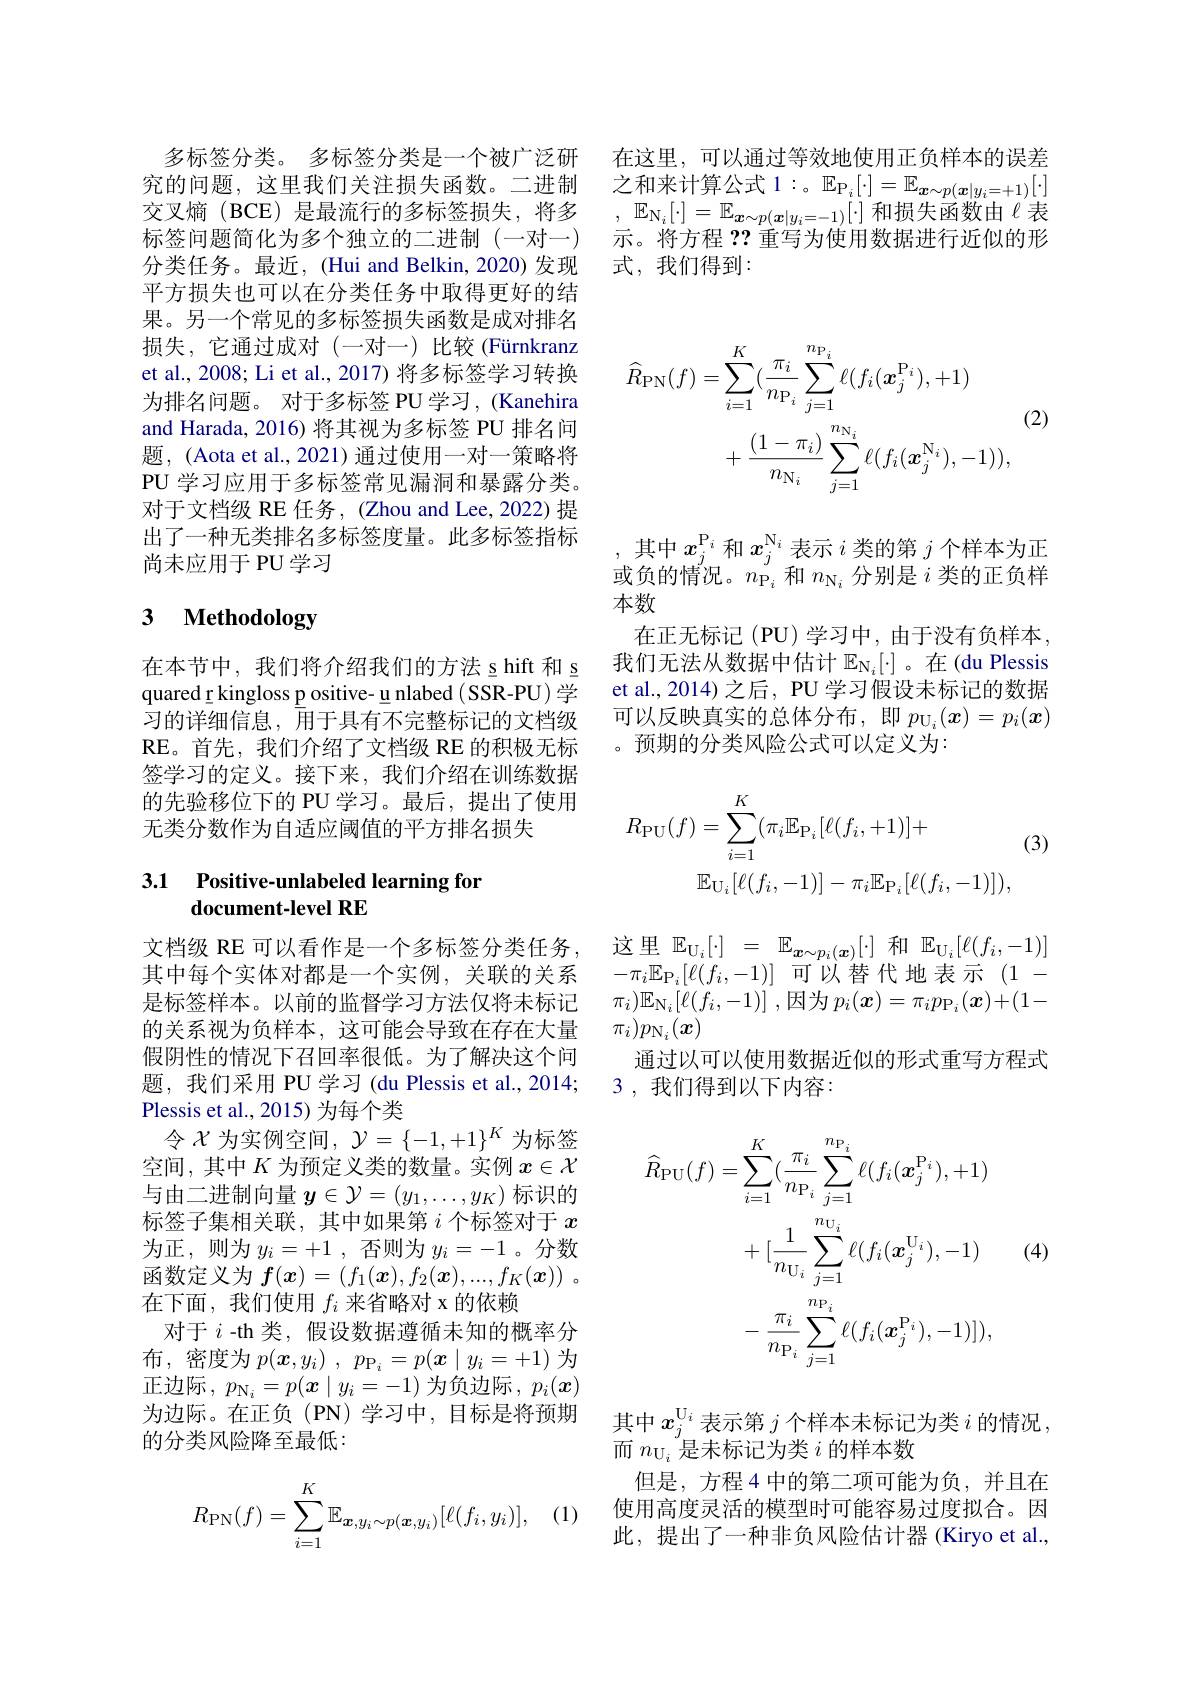
多标签分类。多标签分类是一个被广泛研 在这里，可以通过等效地使用正负样本的误差究的问题，这里我们关注损失函数。二进制 之和来计算公式 1:。$\mathbb{E}_{\mathbb{P}_i}[\cdot]=\mathbb{E}_{\boldsymbol{x}\sim p(\boldsymbol{x}|y_i=+1)}[\cdot]$ 交叉熵(BCE)是最流行的多标签损失，将多 $, \mathbb{E} _{\mathbb{N} _i}[ \cdot ] = \mathbb{E} _{\boldsymbol{x}\sim p( \boldsymbol{x}| y_i= - 1) }[ \cdot ]$和损失函数由$\ell$表
示。将方程？?重写为使用数据进行近似的形
式，我们得到：

标签问题简化为多个独立的二进制(一对一) 分类任务。最近，(Hui and Belkin, 2020)发现平方损失也可以在分类任务中取得更好的结果。另一个常见的多标签损失函数是成对排名损失，它通过成对(一对一)比较(Fürnkranz et al., 2008; Li et al., 2017) 将多标签学习转换为排名问题。对于多标签 PU 学习，(Kanehira and Harada, 2016) 将其视为多标签 PU 排名问题，(Aota et al., 2021) 通过使用一对一策略将PU 学 习 应 用 于 多 标 签 常 见 漏 洞 和 暴 露 分 类 。对于文档级 RE 任务，(Zhou and Lee, 2022) 提出了一种无类排名多标签度量。此多标签指标尚未应用于 PU 学习

# 3 Methodology

在本节中，我们将介绍我们的方法 s hift 和 s quared\_kingloss\_p ositive- u nlabed ( SSR-PU) 学习的详细信息，用于具有不完整标记的文档级RE。首先，我们介绍了文档级 RE 的积极无标签学习的定义。接下来，我们介绍在训练数据的先验移位下的 PU 学习。最后，提出了使用无类分数作为自适应阈值的平方排名损失

### 3.1 Positive-unlabeled learning for document-level RE

是标签样本。以前的监督学习方法仅将未标记的关系视为负样本，这可能会导致在存在大量假阴性的情况下召回率很低。为了解决这个问题，我们采用 PU 学习 (du Plessis et al., 2014; Plessis et al., 2015) 为每个类
令$\mathcal{X}$为实例空间，$\mathcal{Y}=\{-1,+1\}^K$为标签空间，其中$K$为预定义类的数量。实例$x\in\mathcal{X}$ 与由二进制向量$y\in\mathcal{Y}=(y_1,\ldots,y_K)$标识的标签子集相关联，其中如果第$i$个标签对于$x$ 为正，则为$y_i= + 1$ ,否则为$y_i=-1$ 。分数函数定义为$f(x)=(f_1(x),f_2(x),...,f_K(x))$ 。在下面，我们使用$f_i$来省略对 x 的依赖
对于$i$ -th 类，假设数据遵循未知的概率分布，密度为$p( \boldsymbol{x}, y_i)$ , $p_{\mathrm{P} _i}= p( \boldsymbol{x}\mid y_i= + 1)$为正边际，$p_{\mathrm{N}_i}=p(\boldsymbol{x}\mid y_i=-1)$为负边际，$p_i(\boldsymbol{x})$ 为边际。在正负(PN)学习中，目标是将预期的分类风险降至最低：

(1)
$$R_{\mathrm{PN}}(f)=\sum_{i=1}^K\mathbb{E}_{\boldsymbol{x},y_i\sim p(\boldsymbol{x},y_i)}[\ell(f_i,y_i)],$$
$$\begin{aligned}\widehat{R}_{\mathrm{PN}}(f)&=\sum_{i=1}^{K}(\frac{\pi_{i}}{n_{\mathrm{P}_{i}}}\sum_{j=1}^{n_{\mathrm{P}_{i}}}\ell(f_{i}(\boldsymbol{x}_{j}^{\mathrm{P}_{i}}),+1)\\&&\text{(2)}\\&+\frac{(1-\pi_{i})}{n_{\mathrm{N}_{i}}}\sum_{j=1}^{n_{\mathrm{N}_{i}}}\ell(f_{i}(\boldsymbol{x}_{j}^{\mathrm{N}_{i}}),-1)),\end{aligned}$$
,其中$x_j^\mathrm{P}_i$和$x_j^\mathrm{N}_i$表示$i$类的第$j$个样本为正或负的情况。$n_{\mathrm{P}_i}$和$n_{\mathrm{N}_i}$分别是$i$类的正负样本数
在正无标记(PU)学习中，由于没有负样本， 我们无法从数据中估计$\mathbb{E}_{\mathbb{N}_i}[\cdot]$。在(du Plessis et al., 2014) 之后，PU 学习假设未标记的数据可以反映真实的总体分布，即$p_{\mathcal{U}_i}(\boldsymbol{x})=p_i(\boldsymbol{x})$ 。预期的分类风险公式可以定义为：
$$\begin{aligned}R_{\mathrm{PU}}(f)&=\sum_{i=1}^{K}(\pi_{i}\mathbb{E}_{\mathrm{P}_{i}}[\ell(f_{i},+1)]+\\&&\text{(3}\\&\mathbb{E}_{\mathrm{U}_{i}}[\ell(f_{i},-1)]-\pi_{i}\mathbb{E}_{\mathrm{P}_{i}}[\ell(f_{i},-1)]),\end{aligned}$$
$\begin{array}{rcl}\text{文档级 RE 可以看作是一个多标签分类任务，}&\text{这里 }\mathbb{E}_{{\mathrm{U}_{i}}}[\cdot]&=&\mathbb{E}_{{\boldsymbol{x}\sim p_{i}(\boldsymbol{x})}}[\cdot]&\text{和 }\mathbb{E}_{{\mathcal{U}_{i}}}[\ell(f_{i},-1)]\\\text{其中每个实体对都是一个实例，关联的关系}&-\pi_{i}\mathbb{E}_{{\mathcal{P}_{i}}}[\ell(f_{i},-1)]&\text{可以替代地表示}(1-\end{array}$
$\pi _{i}) \mathbb{E} _{\mathbb{N} _{i}}[ \ell ( f_{i}, - 1) ]$ ,因为$p_i(\boldsymbol{x})=\pi_ip_{\mathbb{P}_{i}}(\boldsymbol{x})+(1-$
$\pi_i)p_{\mathrm{N}_i}(\boldsymbol{x})$
通过以可以使用数据近似的形式重写方程式
3 ,我们得到以下内容：
$$\begin{aligned}\widehat{R}_{\mathrm{PU}}(f)&=\sum_{i=1}^{K}(\frac{\pi_{i}}{n_{\mathrm{P}_{i}}}\sum_{j=1}^{n_{\mathrm{P}_{i}}}\ell(f_{i}(\boldsymbol{x}_{j}^{\mathrm{P}_{i}}),+1)\\&+[\frac{1}{n_{\mathrm{U}_{i}}}\sum_{j=1}^{n_{\mathrm{U}_{i}}}\ell(f_{i}(\boldsymbol{x}_{j}^{\mathrm{U}_{i}}),-1)\\&-\:\frac{\pi_{i}}{n_{\mathrm{P}_{i}}}\sum_{j=1}^{n_{\mathrm{P}_{i}}}\ell(f_{i}(\boldsymbol{x}_{j}^{\mathrm{P}_{i}}),-1)]),\end{aligned}$$
(4)

其中$x_j^\mathrm{U}_i$表示第 $j$ 个样本未标记为类 $i$ 的情况，
而$n_{\mathrm{U}_i}$是未标记为类$i$的样本数

但是，方程 4 中的第二项可能为负，并且在使用高度灵活的模型时可能容易过度拟合。因此，提出了一种非负风险估计器(Kiryo et al.,